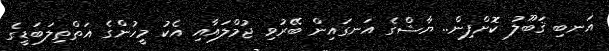
އަނބި ޤަބޫލު ކޮށްފިން.. ޔާޝްގެ އަނގައިން ބޭރުވި ޖުމްލައާއި އެކު މީހުންގެ އަތްތިލަބަޑީގެ